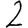
Digit: 2